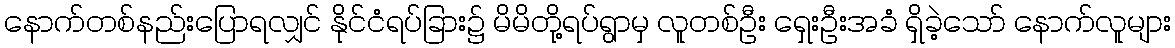
နောက်တစ်နည်းပြောရလျှင် နိုင်ငံရပ်ခြား၌ မိမိတို့ရပ်ရွာမှ လူတစ်ဦး ရှေးဦးအခံ ရှိခဲ့သော် နောက်လူများ